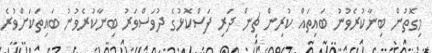
މިގޮތުން ބިނާކުރެވުނު ބައިތައް ކުރިން ޗިން ދަރި ފަސްކޮޅުގެ ދުވަސްވަރު ބިނާކުރެވުނު ބައިތަކަށްވުރެ